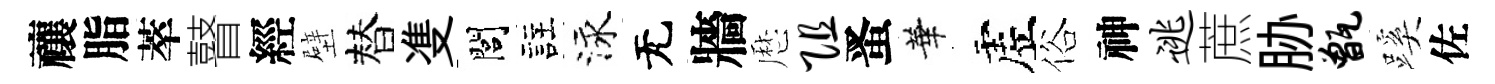
禳脂萃瞽經壁替㕠閭註泳无牆厯阻󱉠華虗俗神逃蔗胁甑蹊佐